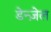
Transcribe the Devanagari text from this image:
डेन्ज़ेल